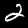
Digit: 2